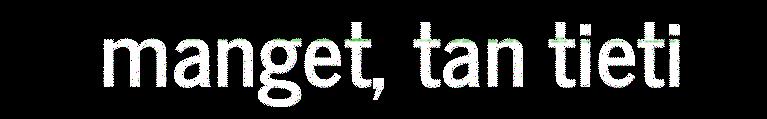
manget, tan tieti